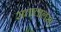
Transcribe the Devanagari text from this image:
सत्तालालसा